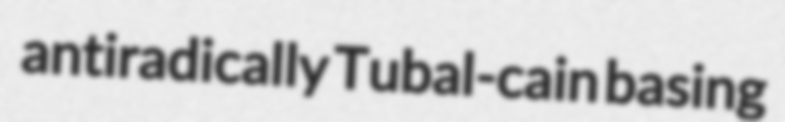
antiradically Tubal-cain basing